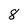
Character: 8